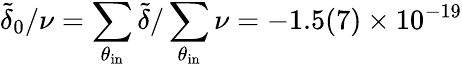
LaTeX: \tilde{\delta}_{0}/\nu=\sum_{\theta_{\mathrm{in}}}\tilde{\delta}/\sum_{\theta_{\mathrm{in}}}\nu=-1.5(7)\times 10^{-19}